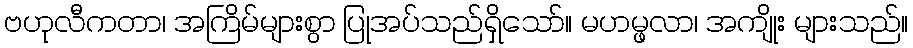
ဗဟုလီကတာ၊ အကြိမ်များစွာ ပြုအပ်သည်ရှိသော်။ မဟမ္ဖလာ၊ အကျိုး များသည်။